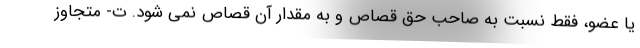
یا عضو، فقط نسبت به صاحب حق قصاص و به مقدار آن قصاص نمی شود. ت- متجاوز